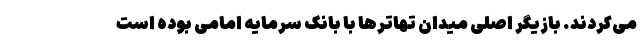
می‌کردند. بازیگر اصلی میدان تهاترها با بانک سرمایه امامی بوده است